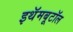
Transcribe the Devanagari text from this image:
इथॅमबूटॉल